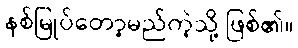
နစ်မြုပ်တော့မည်ကဲ့သို့ ဖြစ်၏။